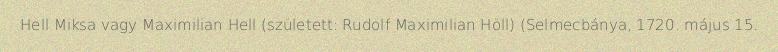
Hell Miksa vagy Maximilian Hell (született: Rudolf Maximilian Höll) (Selmecbánya, 1720. május 15.